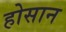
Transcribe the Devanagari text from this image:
होसान